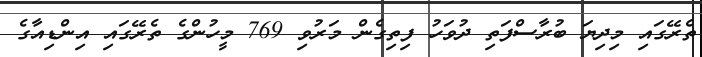
ތެރޭގައި މިދިޔަ ބުރާސްފަތި ދުވަހު ފިތިގެން މަރުވި 769 މީހުންގެ ތެރޭގައި އިންޑިއާގެ